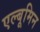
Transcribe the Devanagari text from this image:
एल्बूमिन